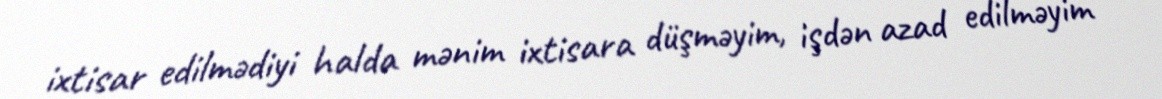
ixtisar edilmədiyi halda mənim ixtisara düşməyim, işdən azad edilməyim